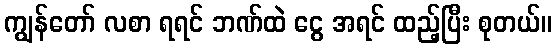
ကျွန်တော် လစာ ရရင် ဘဏ်ထဲ ငွေ အရင် ထည့်ပြီး စုတယ်။